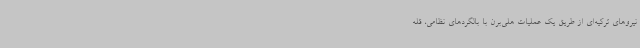
نیروهای ترکیه‌ای از طریق یک عملیات هلی‌برن با بالگردهای نظامی، قله